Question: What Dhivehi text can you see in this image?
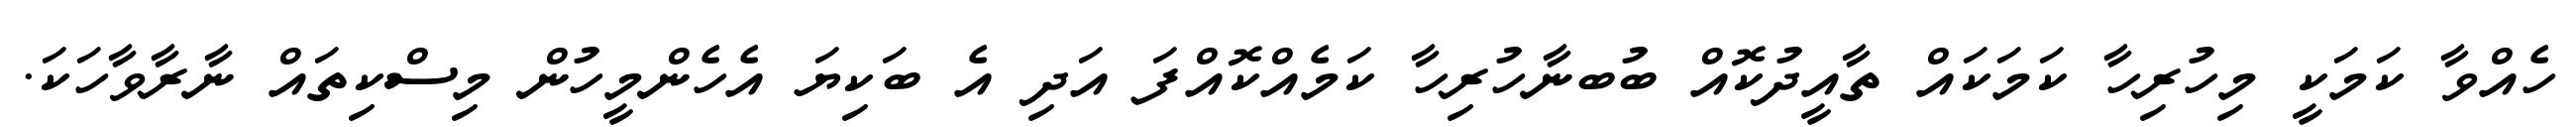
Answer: ހެއްވާ ކަމަކީ މިހުރިހާ ކަމަކައް ތާއީދުކޮއް ބުބނާހުރިހާ ކަމެއްކޮއްފަ އަދި އެ ބަކިޔަ އެހެންމީހުން މިސްކިތައް ނާރާވާހަކަ.